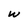
Character: w